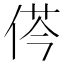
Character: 𠉾